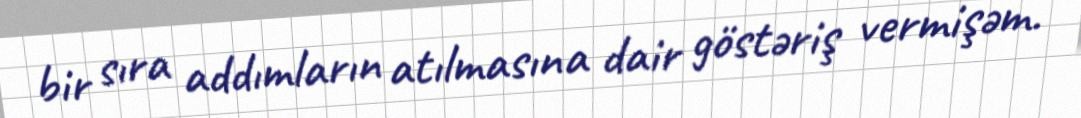
bir sıra addımların atılmasına dair göstəriş vermişəm.